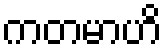
ကတမာဟိ